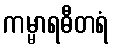
ကမ္မာရဓီတရံ